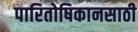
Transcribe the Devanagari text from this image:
पारितोषिकानसाठी